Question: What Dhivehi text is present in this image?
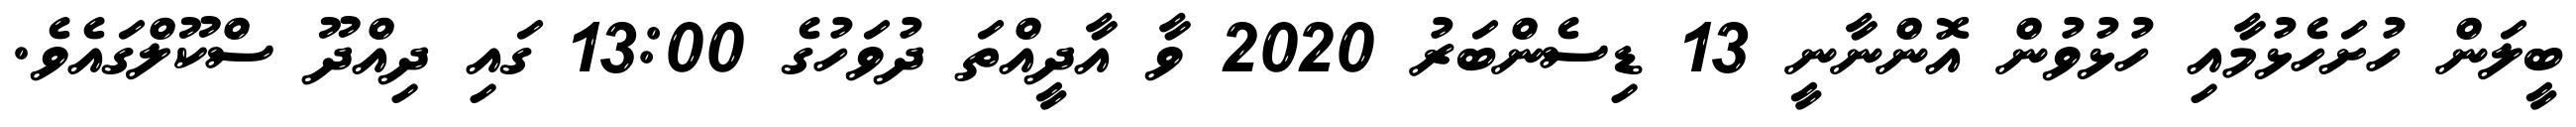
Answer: ބީލަން ހުށަހެޅުމާއި ހުޅުވުން އޮންނާނީ 13 ޑިސެންބަރު 2020 ވާ އާދީއްތަ ދުވަހުގެ 13:00 ގައި ދިއްދޫ ސްކޫލްގައެވެ.